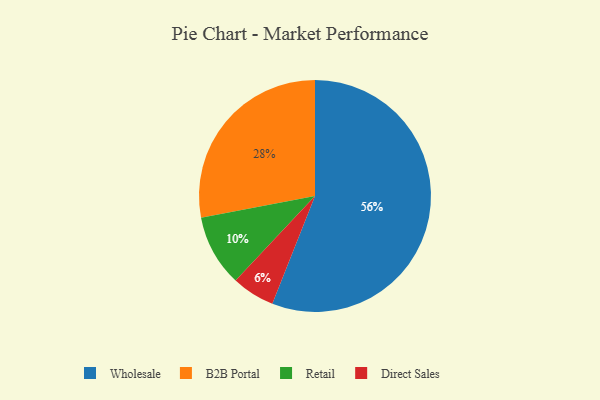
{"axis": {"x": "Category", "y": "Percentage"}, "legend": ["B2B Portal", "Direct Sales", "Retail", "Wholesale"], "data": [{"x": "Wholesale", "y": 56, "type": "Wholesale"}, {"x": "Retail", "y": 10, "type": "Retail"}, {"x": "Direct Sales", "y": 6, "type": "Direct Sales"}, {"x": "B2B Portal", "y": 28, "type": "B2B Portal"}]}